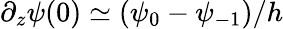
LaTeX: \partial_{z}\psi(0)\simeq(\psi_{0}-\psi_{-1})/h